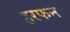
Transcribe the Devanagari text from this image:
हरफन